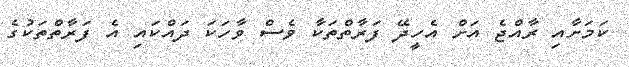
ކަމަށާއި ރާއްޖެ އަށް އެހީދޭ ފަރާތްތަކާ ވެސް ވާހަކަ ދައްކައި އެ ފަރާތްތަކުގެ